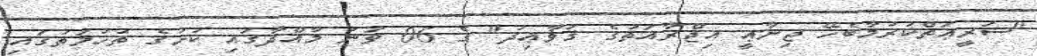
"ޝަރީޢަތްކުރުމާބެހޭ ޖިނާޢީ އިޖްރާއަތުގެ ޤަޥާޢިދު" ގެ 06 ވަނަ މާއްދާގައި ކުށުގެ ތުހުމަތުގައި